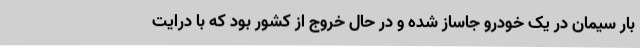
بار سیمان در یک خودرو جاساز شده و در حال خروج از کشور بود که با درایت